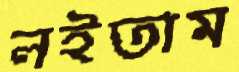
লইতাম